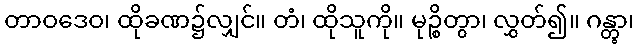
တာဝဒေဝ၊ ထိုခဏ၌လျှင်။ တံ၊ ထိုသူကို။ မုဉ္စိတွာ၊ လွှတ်၍။ ဂန္တွာ၊